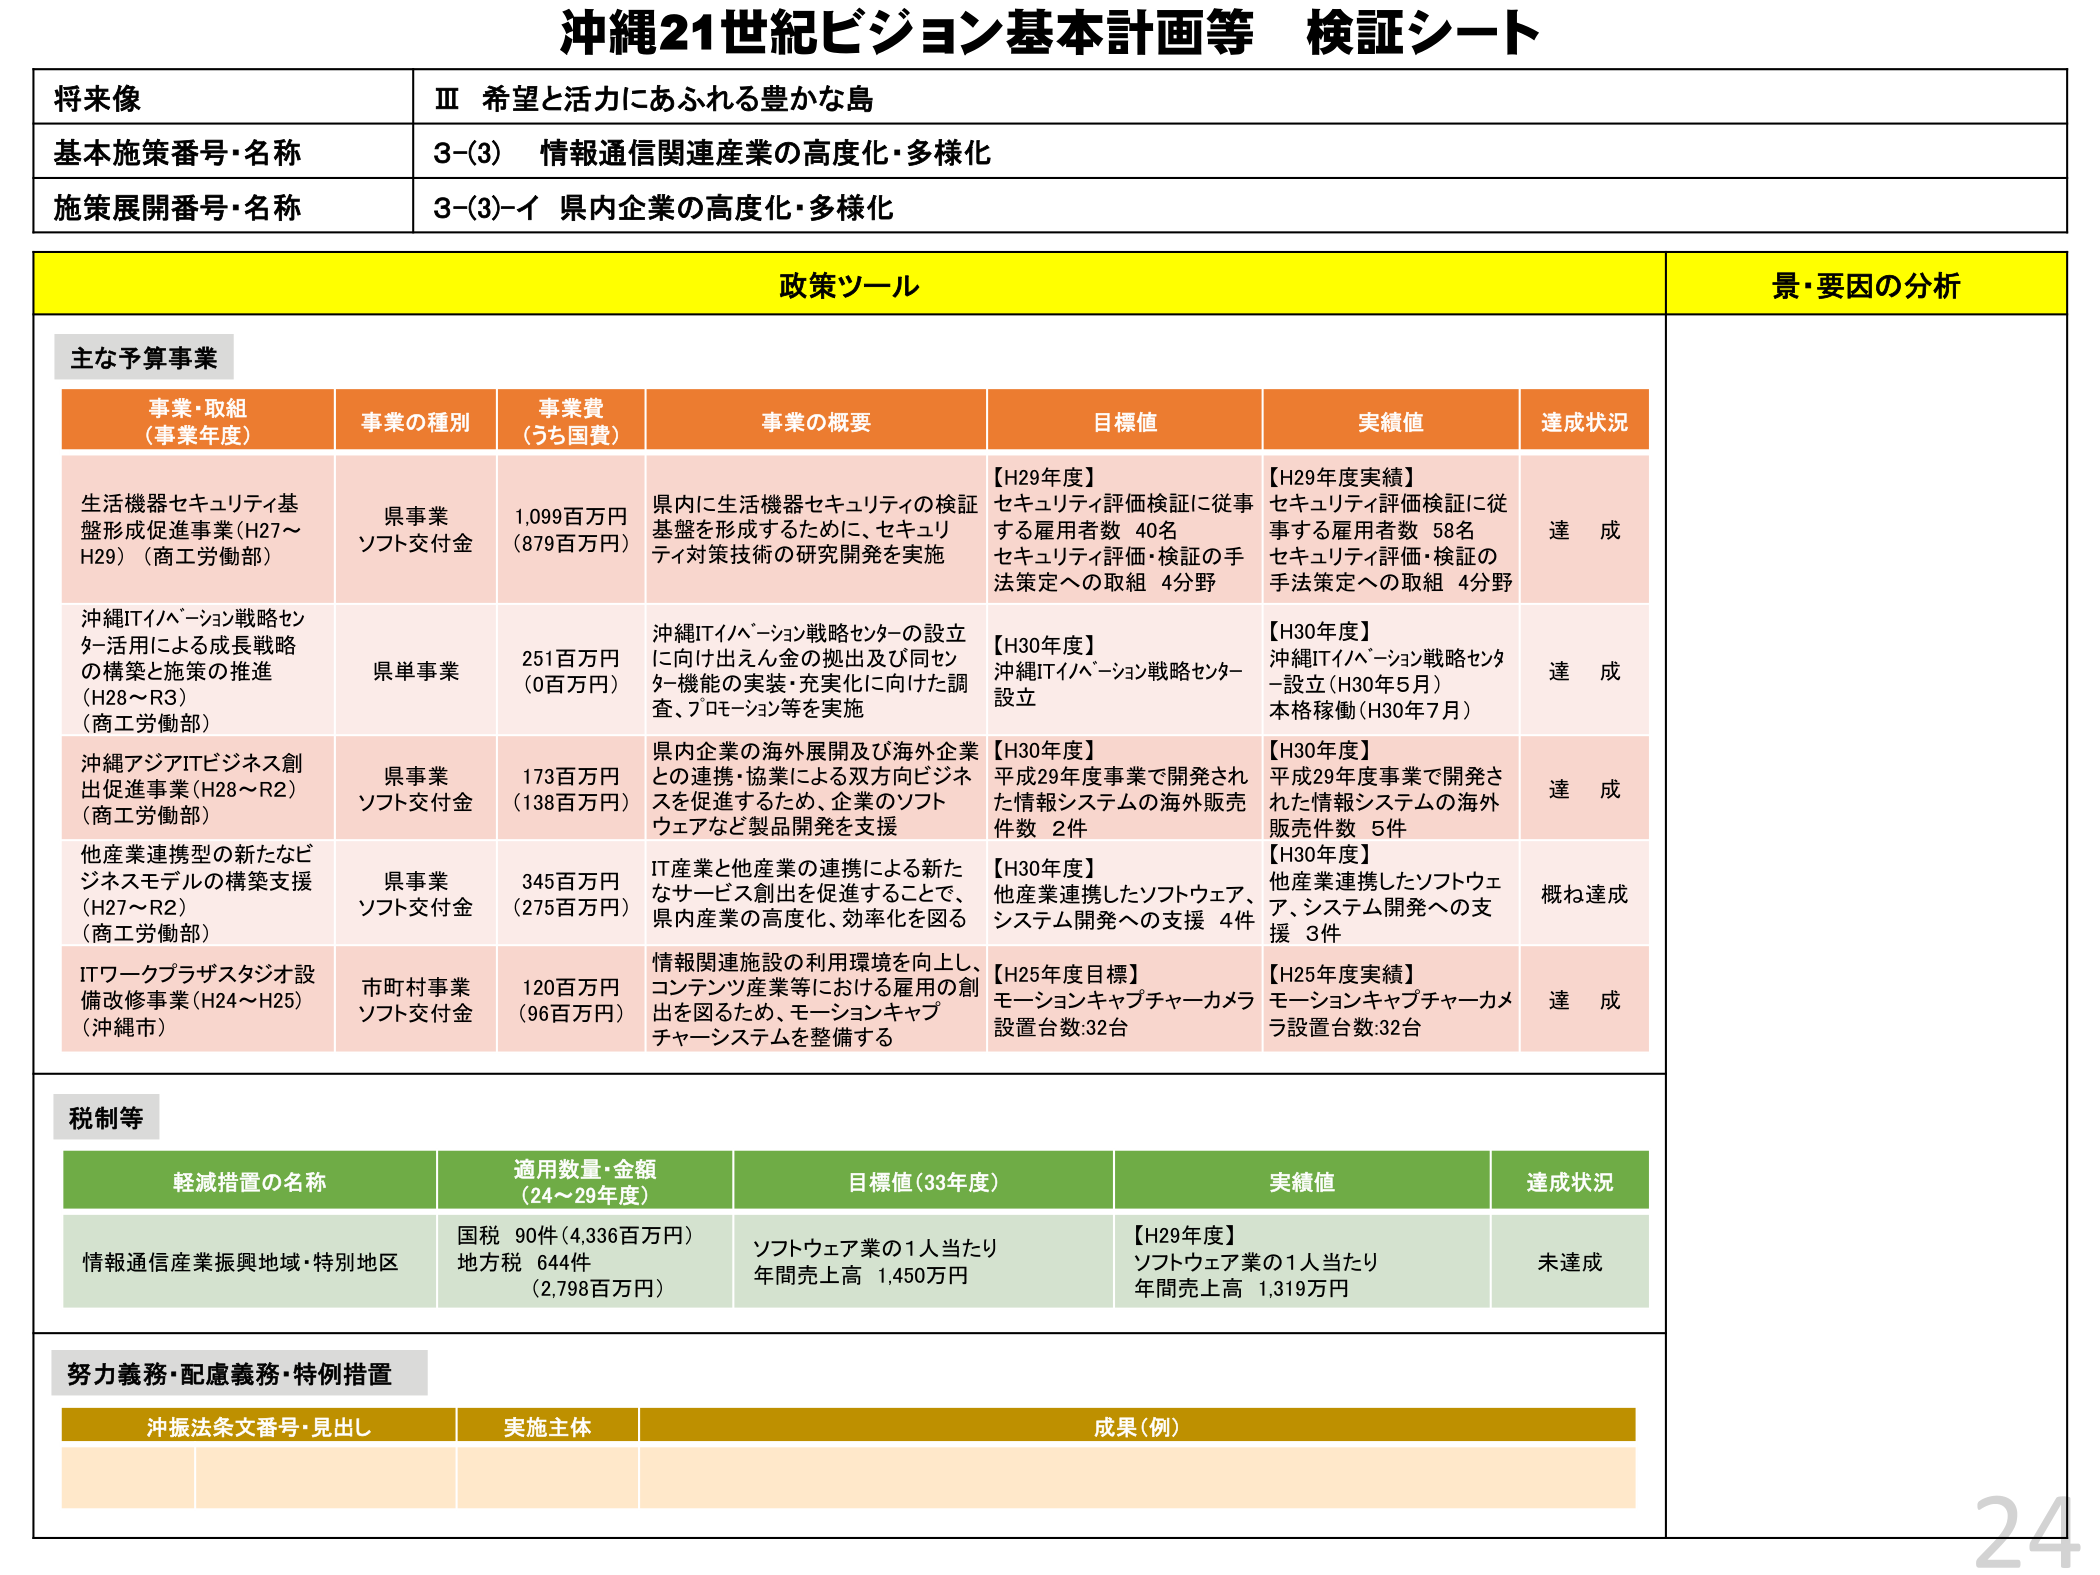
沖縄21世紀ビジョン基本計画等 検証シート

将来像
Ⅲ 希望と活力にあふれる豊かな島

基本施策番号・名称
3-(3) 情報通信関連産業の高度化・多様化

施策展開番号・名称
3-(3)-イ 県内企業の高度化・多様化

政策ツール
景・要因の分析

主な予算事業

事業・取組
（事業年度）
事業の種別
事業費
（うち国費）
事業の概要
目標値
実績値
達成状況

生活機器セキュリティ基盤形成促進事業（H27～H29）（商工労働部）
県事業
ソフト交付金
1,099百万円
（879百万円）
県内に生活機器セキュリティの検証基盤を形成するために、セキュリティ対策技術の研究開発を実施
【H29年度】
セキュリティ評価検証に従事する雇用者数 40名
セキュリティ評価・検証の手法策定への取組 4分野
【H29年度実績】
セキュリティ評価検証に従事する雇用者数 58名
セキュリティ評価・検証の手法策定への取組 4分野
達成

沖縄ITイノベーション戦略センター活用による成長戦略の構築と施策の推進（H28～R3）（商工労働部）
県単事業
251百万円
（0百万円）
沖縄ITイノベーション戦略センターの設立に向け出えん金の拠出及び同センター機能の実装・充実化に向けた調査、プロモーション等を実施
【H30年度】
沖縄ITイノベーション戦略センター設立
【H30年度】
沖縄ITイノベーション戦略センター設立（H30年5月）
本格稼働（H30年7月）
達成

沖縄アジアITビジネス創出促進事業（H28～R2）（商工労働部）
県事業
ソフト交付金
173百万円
（138百万円）
県内企業の海外展開及び海外企業との連携・協業による双方向ビジネスを促進するため、企業のソフトウェアなど製品開発を支援
【H30年度】
平成29年度事業で開発された情報システムの海外販売件数 2件
【H30年度】
平成29年度事業で開発された情報システムの海外販売件数 5件
達成

他産業連携型の新たなビジネスモデルの構築支援（H27～R2）（商工労働部）
県事業
ソフト交付金
345百万円
（275百万円）
IT産業と他産業の連携による新たなサービス創出を促進することで、県内産業の高度化、効率化を図る
【H30年度】
他産業連携したソフトウェア、システム開発への支援 4件
【H30年度】
他産業連携したソフトウェア、システム開発への支援 3件
概ね達成

ITワークプラザスタジオ設備改修事業（H24～H25）（沖縄市）
市町村事業
ソフト交付金
120百万円
（96百万円）
情報関連施設の利用環境を向上し、コンテンツ産業等における雇用の創出を図るため、モーションキャプチャーシステムを整備する
【H25年度目標】
モーションキャプチャーカメラ設置台数：32台
【H25年度実績】
モーションキャプチャーカメラ設置台数：32台
達成

税制等

軽減措置の名称
適用数量・金額
（24～29年度）
目標値（33年度）
実績値
達成状況

情報通信産業振興地域・特別地区
国税 90件（4,336百万円）
地方税 644件
（2,798百万円）
ソフトウェア業の1人当たり年間売上高 1,450万円
【H29年度】
ソフトウェア業の1人当たり年間売上高 1,319万円
未達成

努力義務・配慮義務・特例措置

沖振法条文番号・見出し
実施主体
成果（例）

24